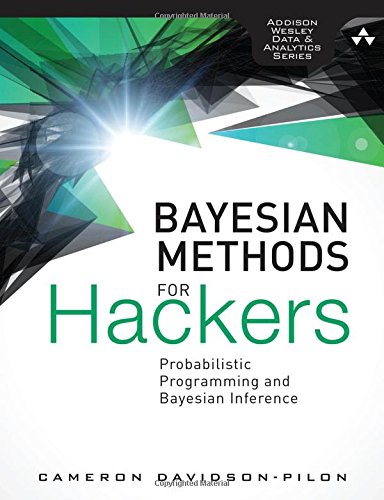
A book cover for Bayesian Methods for Hackers: Probabilistic Programming and Bayesian Inference (Addison-Wesley Data & Analytics Series); Cameron Davidson-Pilon; Computers & Technology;